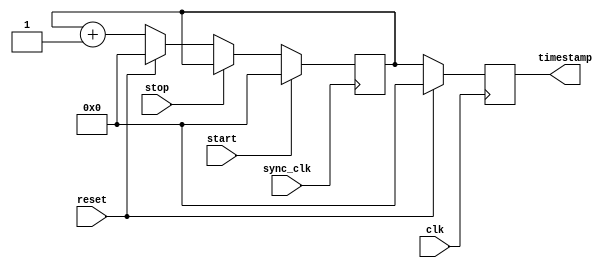
module time_stamp_timer(
    input clk, // main clock signal
    input sync_clk, // synchronized clock signal
    input start, // start signal
    input stop, // stop signal
    input reset, // reset signal
    output reg [31:0] timestamp // timestamped value output
);

reg [31:0] count;

always @(posedge sync_clk) begin
    if(start) begin
        count <= 32'h0;
    end else if(stop) begin
        count <= count;
    end else if(reset) begin
        count <= 32'h0;
    end else begin
        count <= count + 1;
    end
end

always @(posedge clk) begin
    if(reset) begin
        timestamp <= 32'h0;
    end else begin
        timestamp <= count;
    end
end

endmodule